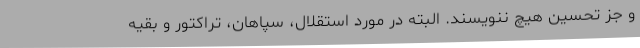
و جز تحسین هیچ ننویسند. البته در مورد استقلال، سپاهان، تراکتور و بقیه